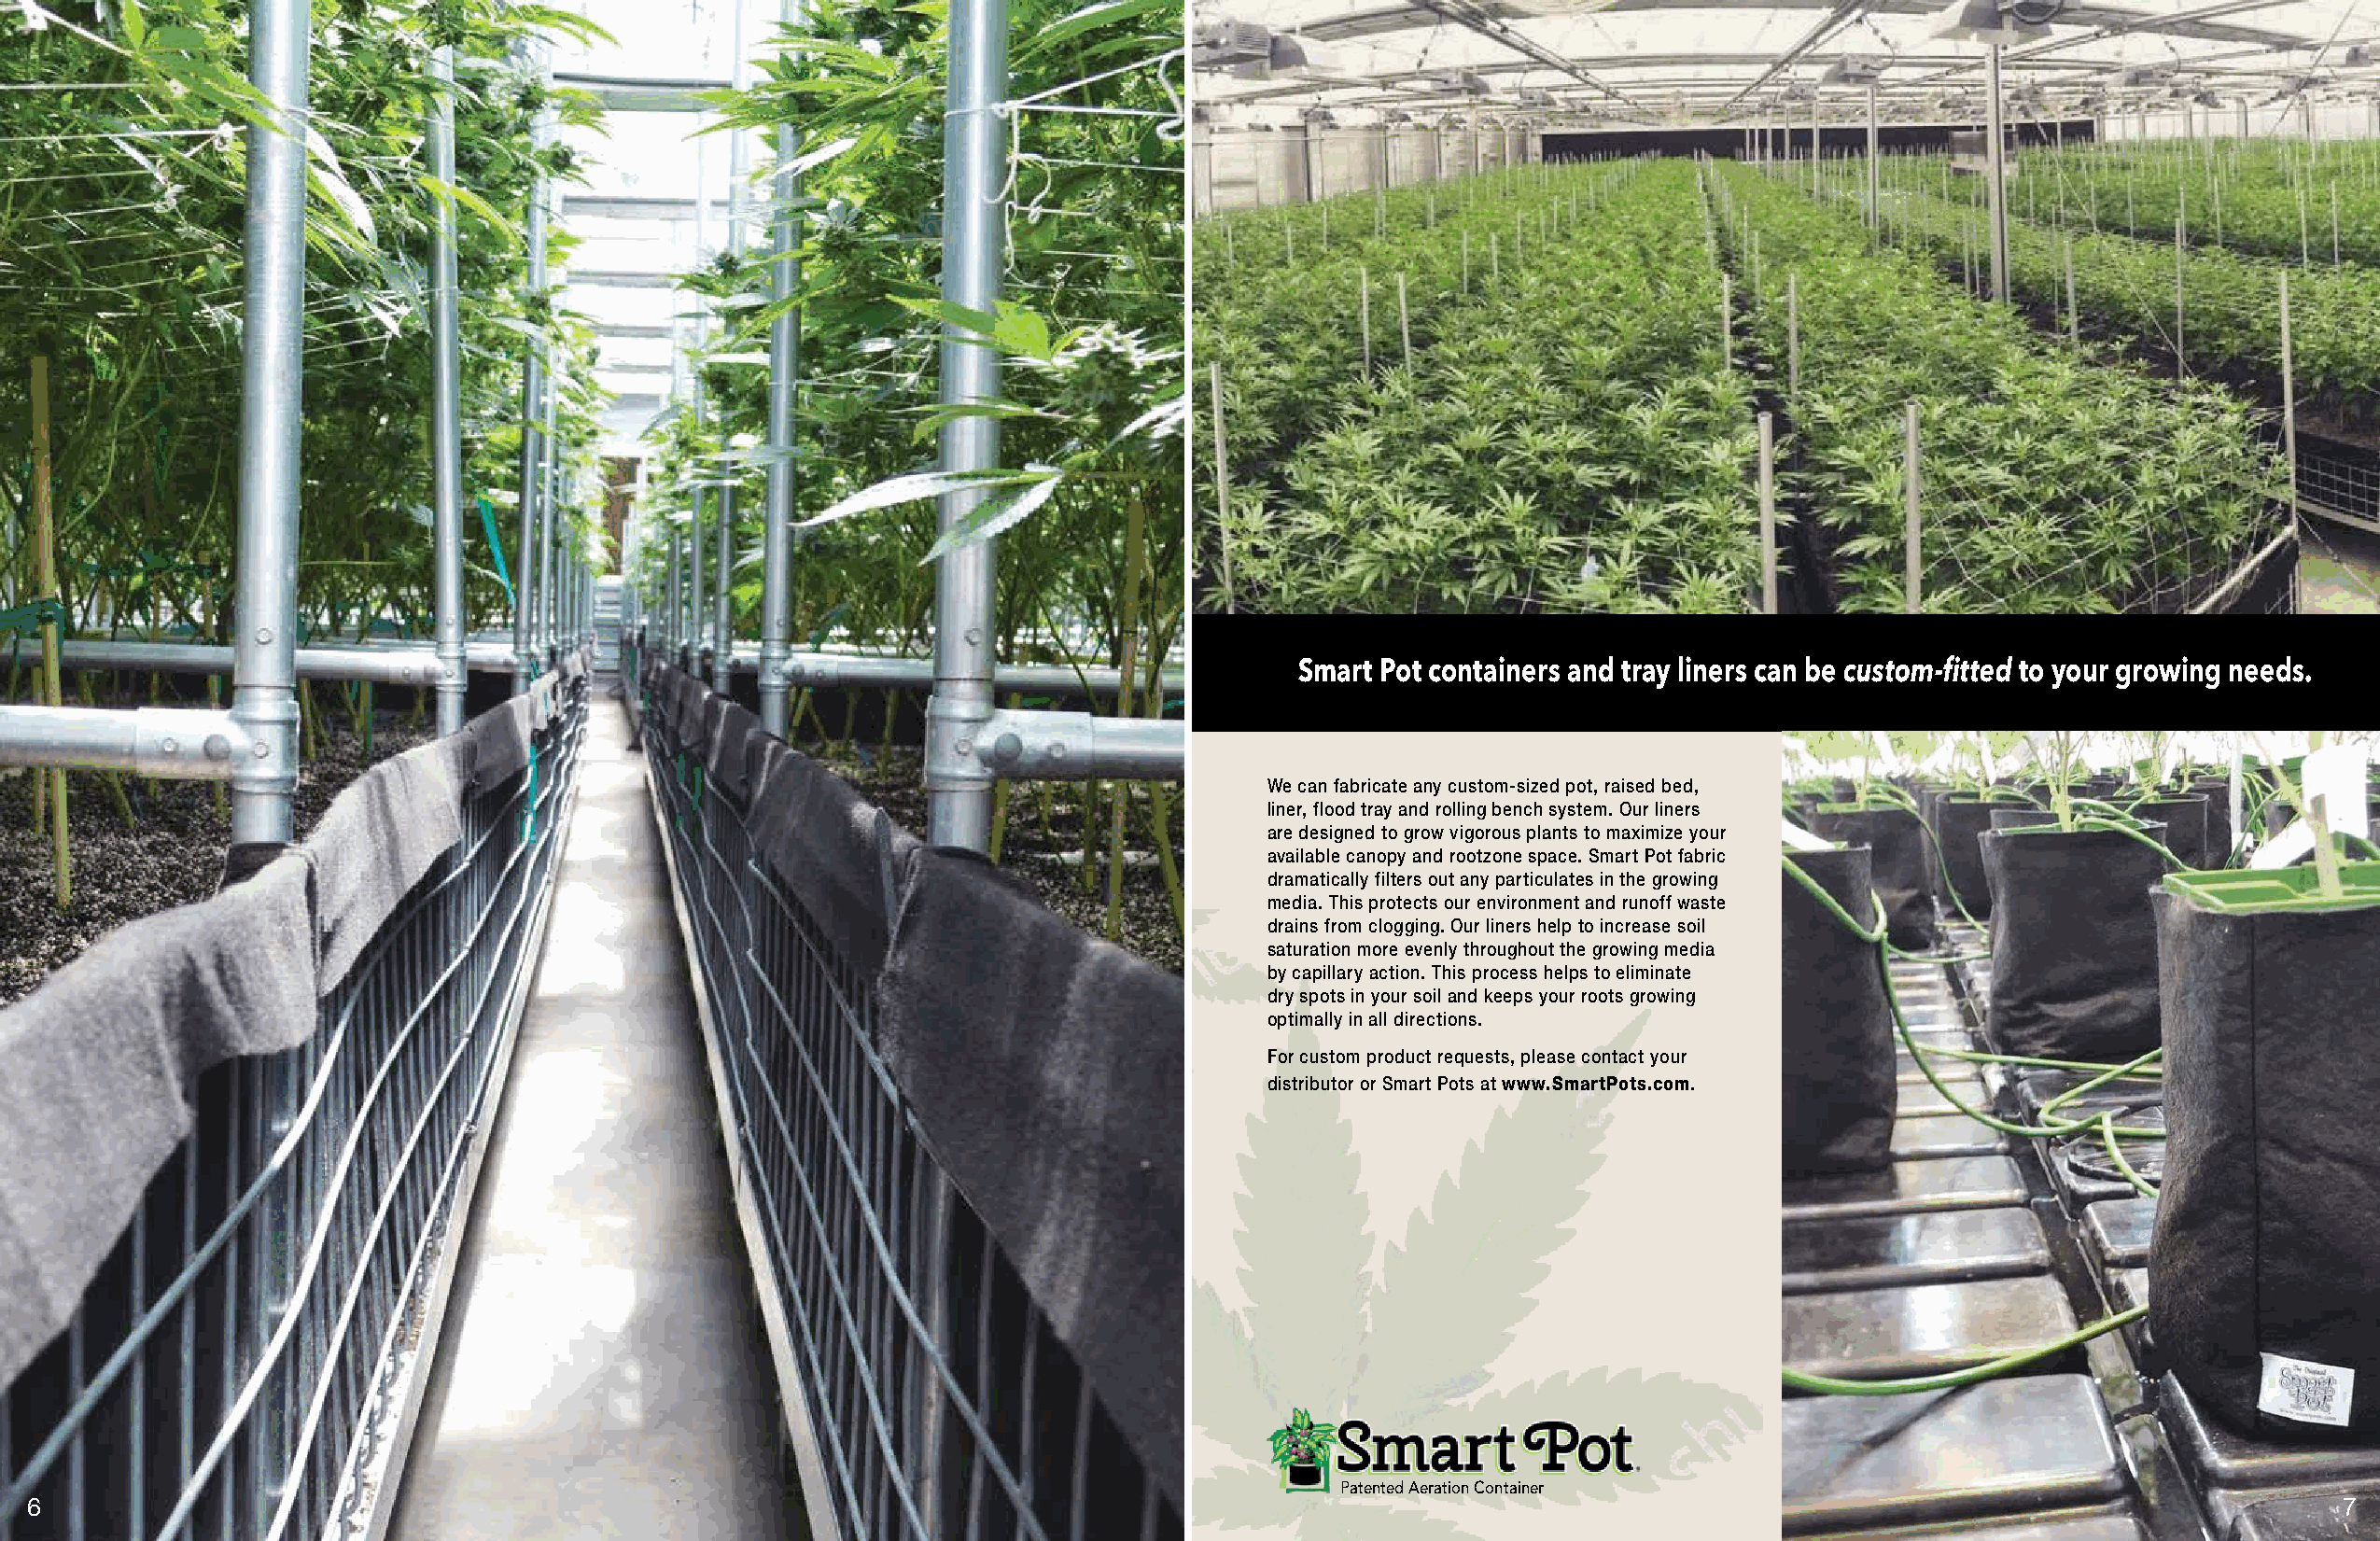
Smart Pot containers and tray liners can be custom-fitted to your growing needs.
 We can fabricate any custom-sized pot, raised bed,
 liner, flood tray and rolling bench system. Our liners
 are designed to grow vigorous plants to maximize your
 available canopy and rootzone space. Smart Pot fabric
 dramatically filters out any particulates in the growing
 media. This protects our environment and runoff waste
 drains from clogging. Our liners help to increase soil
 saturation more evenly throughout the growing media
 by capillary action. This process helps to eliminate
 dry spots in your soil and keeps your roots growing
 optimally in all directions.
 For custom product requests, please contact your
 distributor or Smart Pots at www.SmartPots.com.
 Patented Aeration Container
 6                                                                                                                                                                   7